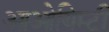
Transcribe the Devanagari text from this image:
आओयिम्टी